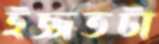
ইজ্জতটা